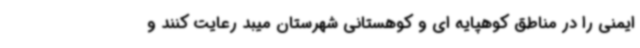
ایمنی را در مناطق کوهپایه ای و کوهستانی شهرستان میبد رعایت کنند و